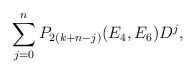
\begin{align*}\sum_{j = 0}^n P_{2(k + n-j)}(E_4,E_6)D^{j},\end{align*}